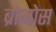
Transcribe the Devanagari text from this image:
ब्रोमोस